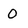
Character: 0